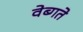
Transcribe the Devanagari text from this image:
वेब्गते